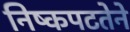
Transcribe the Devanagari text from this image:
निष्कपटतेने